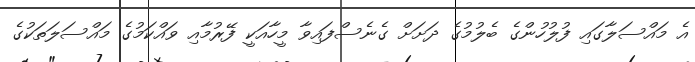
އެ މައްސަލާގައި ފުލުހުންގެ ބެލުމުގެ ދަށަށް ގެނެސްފައިވާ މީހާއަކީ ފޭރުމާއި ވައްކަމުގެ މައްސަލަތަކުގެ